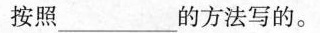
按照___的方法写的。